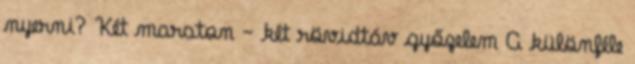
nyerni? Két maraton – két rövidtáv győzelem A különféle